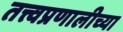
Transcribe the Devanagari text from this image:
तत्त्वप्रणालीच्या